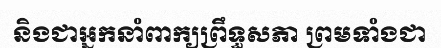
និងជាអ្នកនាំពាក្យព្រឹទ្ធសភា ព្រមទាំងជា